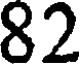
82